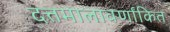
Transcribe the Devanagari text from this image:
दत्तमालावर्णांकित